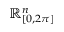
\mathbb { R } _ { [ 0 , 2 \pi ] } ^ { n }